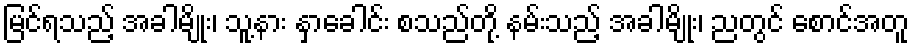
မြင်ရသည့် အခါမျိုး၊ သူ့နား နှာခေါင်း စသည်တို့ နမ်းသည့် အခါမျိုး၊ ညတွင် စောင်အတူ